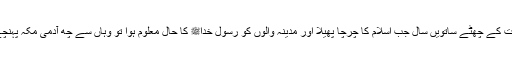
نبوت کے چھٹے ساتویں سال جب اسلام کا چرچا پھیلا اور مدینہ والوں کو رسول خداﷺ کا حال معلوم ہوا تو وہاں سے چھ آدمی مکہ پہنچے ۔